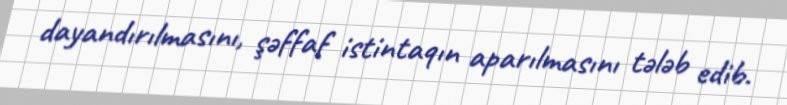
dayandırılmasını, şəffaf istintaqın aparılmasını tələb edib.